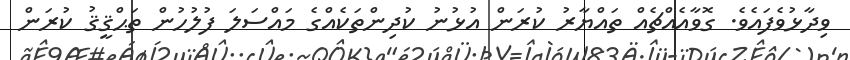
ވިދާޅުވެފައެވެ. ގޮވާއެއްޗެއް ތައްޔާރު ކުރަން އުޅުނު ކުދިންތަކެއްގެ މައްސަލަ ފުލުހުން ތަޙްޤީޤު ކުރަން